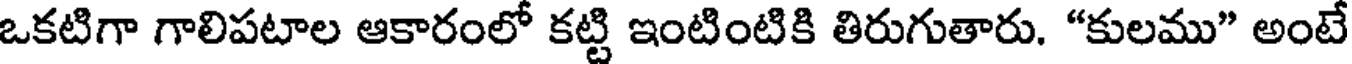
ఒకటిగా గాలిపటాల ఆకారంలో కట్టి ఇంటింటికి తిరుగుతారు. "కులము" అంటే